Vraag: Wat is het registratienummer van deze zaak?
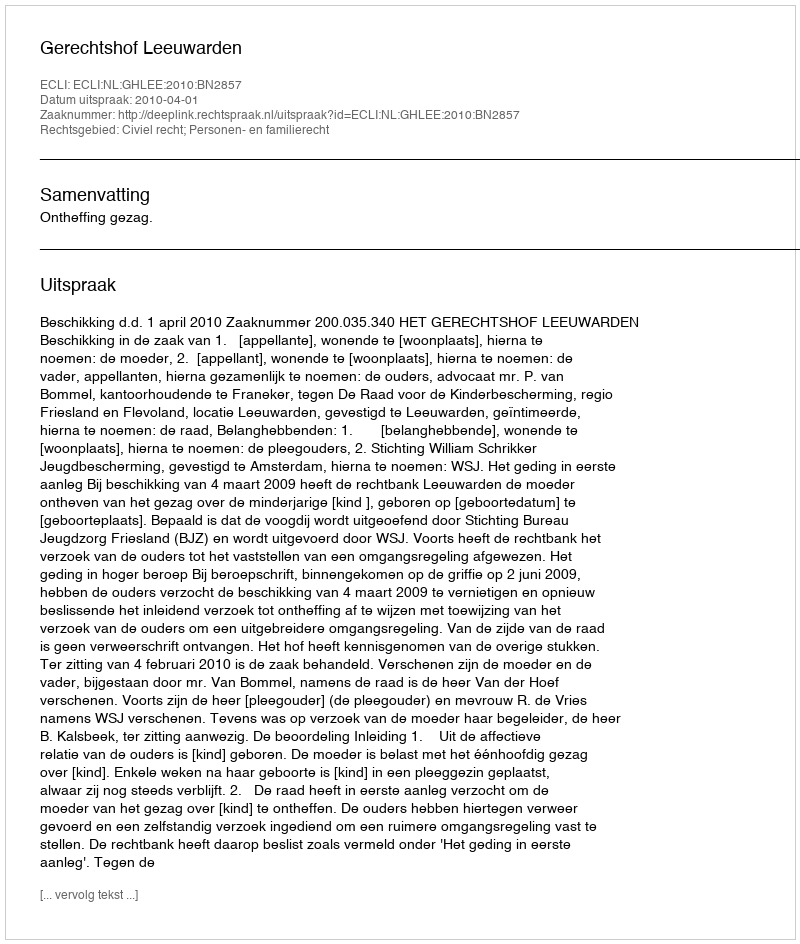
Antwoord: http://deeplink.rechtspraak.nl/uitspraak?id=ECLI:NL:GHLEE:2010:BN2857